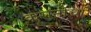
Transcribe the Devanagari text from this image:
करानीचा